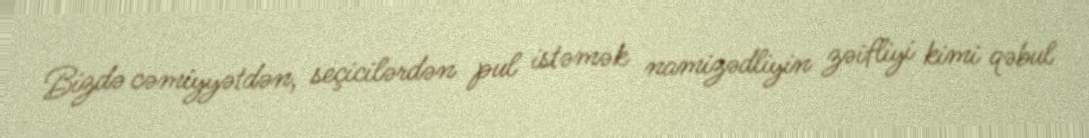
Bizdə cəmiyyətdən, seçicilərdən pul istəmək namizədliyin zəifliyi kimi qəbul